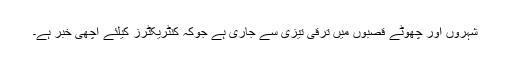
شہروں اور چھوٹے قصبوں میں ترقی تیزی سے جاری ہے جوکہ کنٹریکٹرز کیلئے اچھی خبر ہے۔